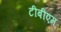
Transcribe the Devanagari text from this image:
टीबीएम